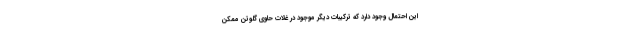
این احتمال وجود دارد که ترکیبات دیگر موجود در غلات حاوی گلوتن ممکن